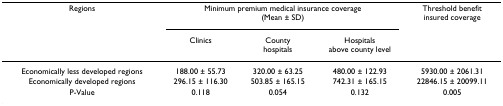
| Regions | <COLSPAN=3> Minimum premium medical insurance coverage(Mean ± SD) | Threshold benefitinsured coverage |
 |  | Clinics | Countyhospitals | Hospitalsabove county level |  |
 | --- | --- | --- | --- | --- |
 | Economically less developed regions | 188.00 ± 55.73 | 320.00 ± 63.25 | 480.00 ± 122.93 | 5930.00 ± 2061.31 |
 | Economically developed regions | 296.15 ± 116.30 | 503.85 ± 165.15 | 742.31 ± 165.15 | 22846.15 ± 20099.11 |
 | P-Value | 0.118 | 0.054 | 0.132 | 0.005 |